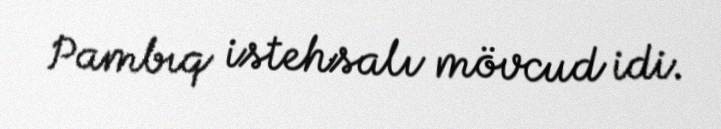
Pambıq istehsalı mövcud idi.